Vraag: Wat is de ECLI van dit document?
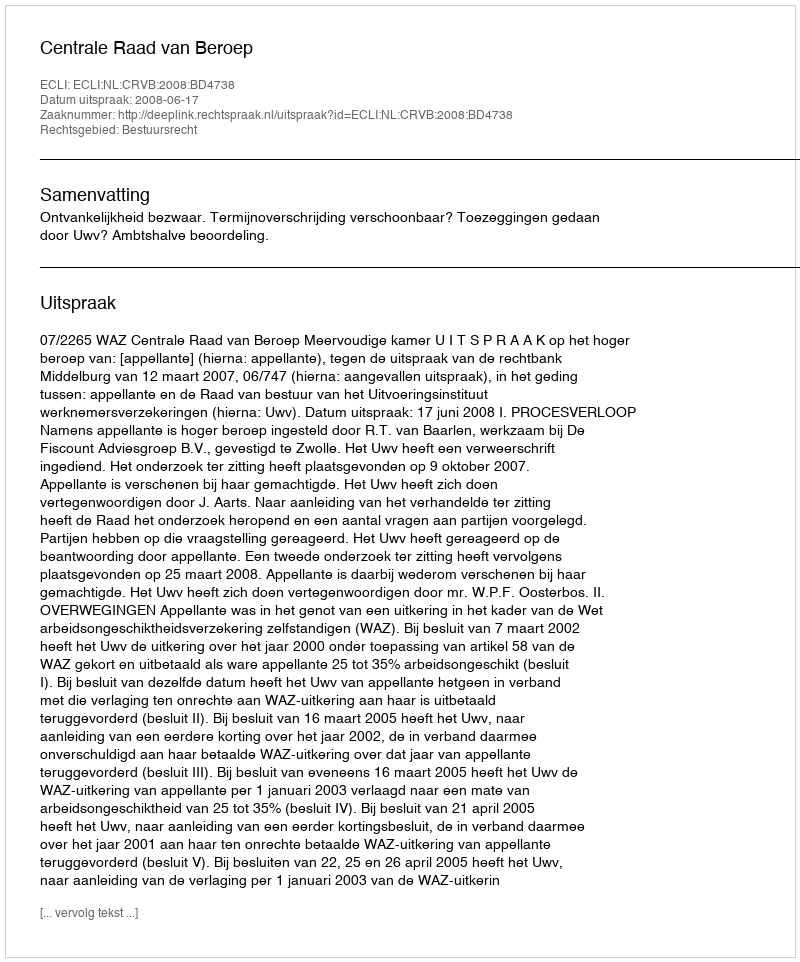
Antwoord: ECLI:NL:CRVB:2008:BD4738